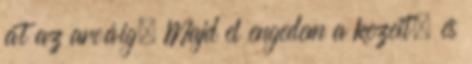
át az arcáig. Majd el engedem a kezeit. és